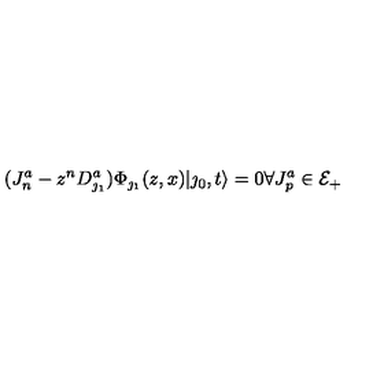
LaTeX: ( J _ { n } ^ { a } - z ^ { n } D _ { \jmath _ { 1 } } ^ { a } ) \Phi _ { \jmath _ { 1 } } ( z , x ) | \jmath _ { 0 } , t \rangle = 0 \forall J _ { p } ^ { a } \in { \cal E } _ { + }